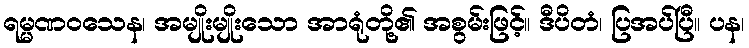
ရမ္မဏဝသေန၊ အမျိုးမျိုးသော အာရုံတို့၏ အစွမ်းဖြင့်။ ဒီပိတံ၊ ပြအပ်ပြီ။ ပန၊